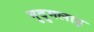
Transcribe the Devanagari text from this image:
मुदुमलाइ